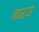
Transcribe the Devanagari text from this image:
ग्राहृय